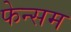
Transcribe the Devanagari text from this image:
फेन्सम